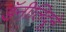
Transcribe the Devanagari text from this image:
डॅनीलिदूने